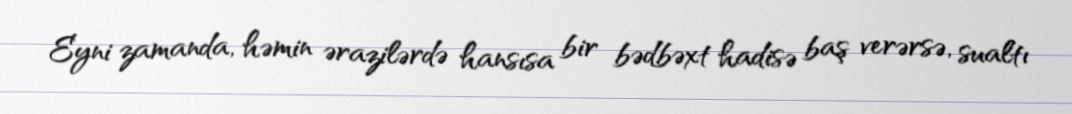
Eyni zamanda, həmin ərazilərdə hansısa bir bədbəxt hadisə baş verərsə, sualtı